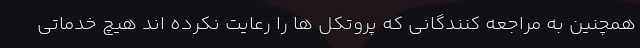
همچنین به مراجعه کنندگانی که پروتکل ها را رعایت نکرده اند هیچ خدماتی